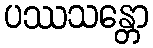
ပဿသန္တော